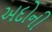
અદોની